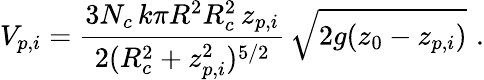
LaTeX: V_{p,i}=\frac{3N_{c}\, k\pi R^{2}R_{c}^{2}\, z_{p,i}}{2(R_{c}^{2}+z_{p,i}^{2})^{5/2}}\, \sqrt{2g(z_{0}-z_{p,i})}\, \, .